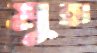
মুহা